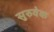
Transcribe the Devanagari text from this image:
सुरुवेक